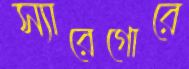
স্যারেগোরে